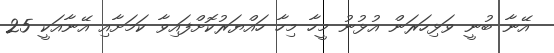
އޭނާ ބުނީ ވަޅިހަރަން އުޅުނު މީހާ މިހާ ހައްޔަރުކޮށްފައިވާ ކަމަށާއި އޭނާއަކީ 25